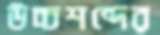
উচ্চশব্দের